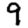
Digit: 9